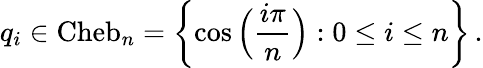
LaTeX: q_{i}\in\mathrm{Cheb}_{n}=\left\{ \cos\Big(\frac{i\pi}{n}\Big):0\leq i\leq n\right\} \, .